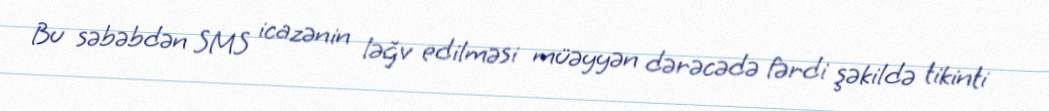
Bu səbəbdən SMS icazənin ləğv edilməsi müəyyən dərəcədə fərdi şəkildə tikinti